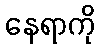
နေရာကို